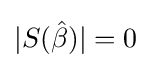
|S({\hat {\beta }})|=0